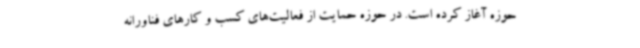
حوزه آغاز کرده است. در حوزه حمایت از فعالیت‌های کسب و کارهای فناورانه